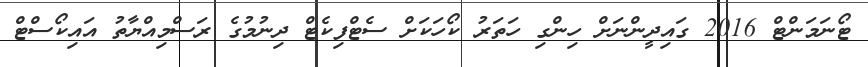
ޓޯނަމަންޓް 2016 ގައިދީންނަށް ހިންގި ހަތަރު ކޯހަކަށް ސެޓްފިކެޓް ދިނުމުގެ ރަސްމިއްޔާތު އައިކޯސްޓް